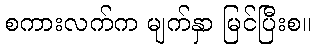
စကားလက်က မျက်နှာ မြင်ပြီးစ။